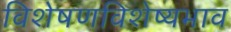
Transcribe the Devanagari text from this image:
विशेषणविशेष्यभाव